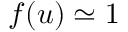
f ( u ) \simeq 1